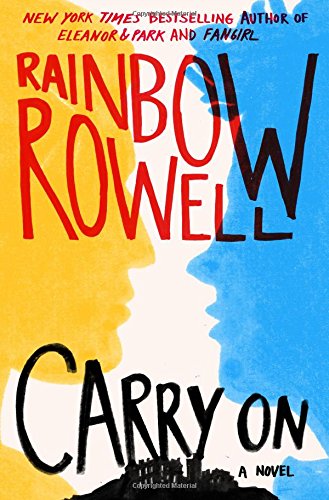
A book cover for Carry On; Rainbow Rowell; Teen & Young Adult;